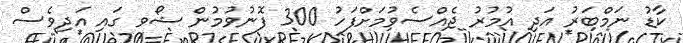
ކާޑު ނަމްބަރު އަދި އުމުރު ޖެއްސެވުމަށްފަހު 300 ފޮނުވުމުން ޝޯވ ގައި އަދިވެސް